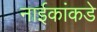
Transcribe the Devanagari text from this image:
नाईकांकडे